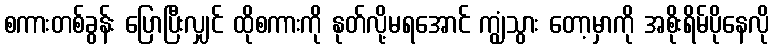
စကားတစ်ခွန်း ပြောပြီးလျှင် ထိုစကားကို နုတ်လို့မရအောင် ကျွံသွား တော့မှာကို အစိုးရိမ်ပိုနေလို